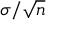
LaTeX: \sigma / { \sqrt { n } }